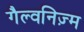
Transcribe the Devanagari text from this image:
गैल्वनिज़्म